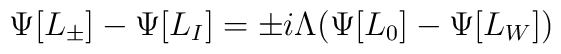
\Psi[L_\pm] -\Psi[L_I] =\pm i \Lambda ( \Psi[L_0]- \Psi[L_W])